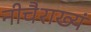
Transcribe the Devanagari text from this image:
नीचैराख्यं